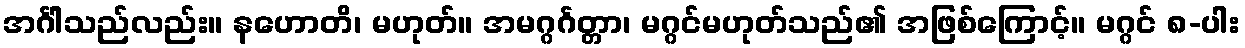
အင်္ဂါသည်လည်း။ နဟောတိ၊ မဟုတ်။ အမဂ္ဂင်္ဂတ္တာ၊ မဂ္ဂင်မဟုတ်သည်၏ အဖြစ်ကြောင့်။ မဂ္ဂင် ၈-ပါး